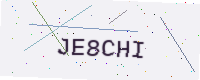
Text: JE8CHI